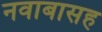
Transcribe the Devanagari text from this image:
नवाबासह